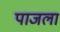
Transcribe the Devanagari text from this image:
पाजला